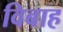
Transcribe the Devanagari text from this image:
विबाह